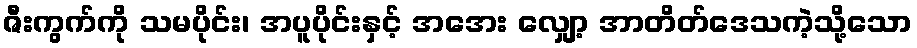
ဇီးကွက်ကို သမပိုင်း၊ အပူပိုင်းနှင့် အအေး လျှော့ အာတိတ်ဒေသကဲ့သို့သော